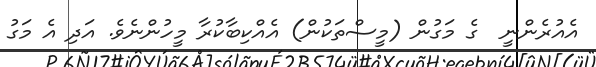
އެއުރެންނީ  ގެ މަގުން (މީސްތަކުން) އެއްކިބާކުރާ މީހުންނެވެ. އަދި އެ މަގު